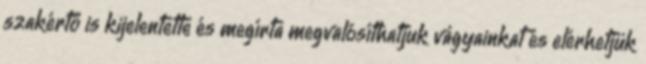
szakértő is kijelentette és megírta megvalósíthatjuk vágyainkat és elérhetjük